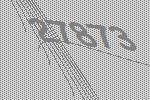
27873